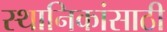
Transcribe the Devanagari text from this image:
स्थानिकांसाठी